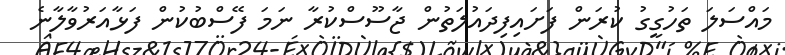
މައްސަލަ ތަހުގީގު ކުރަން ފަށައިފިދައުލަތުން ޖާސޫސްކުރާ ނަމަ ފޭސްބުކުން ފަޅާއަރުވާލާނެ